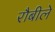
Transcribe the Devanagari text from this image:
रौबीले